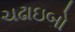
ચઢાઇબો